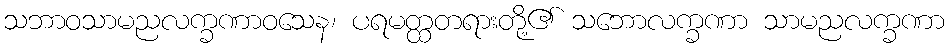
သဘာဝသာမညလက္ခဏာဝသေန၊ ပရမတ္ထတရားတို့၏ သဘောလက္ခဏာ သာမညလက္ခဏာ